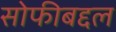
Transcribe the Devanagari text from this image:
सोफीबद्दल